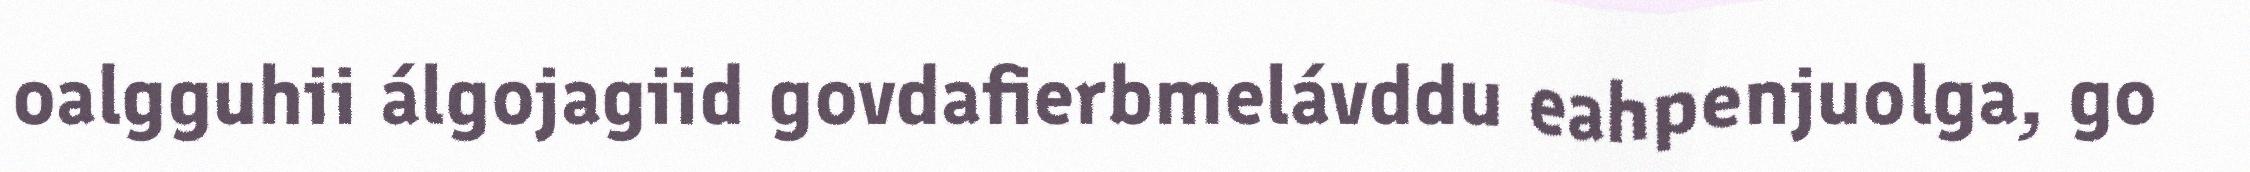
oalgguhii álgojagiid govdafierbmelávddu eahpenjuolga, go